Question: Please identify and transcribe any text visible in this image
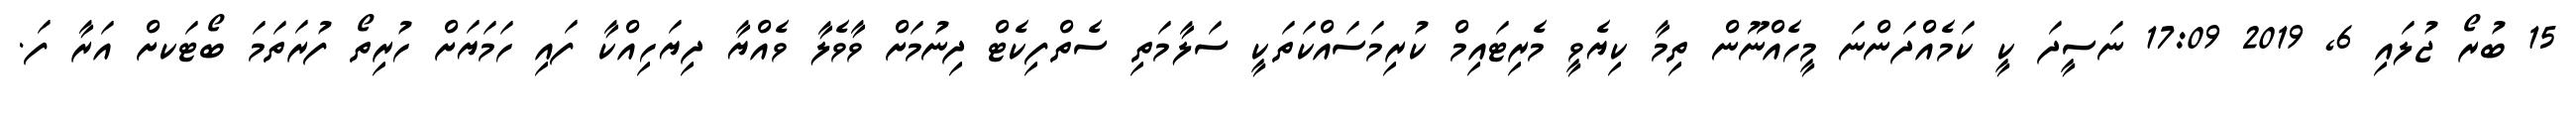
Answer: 15 ބުރޯ ޖުލައި 6, 2019 17:09 ނަސީދަ ކީ ކަމެއްދަންނަ މީހެއްނޫން ތިމާ ކިޔެވީ މެރިޓައިމް ކުރިމަސައްކަތަކީ ސަލާމަތި ސެތްފިކެޓް ދިނުމަށް ވާވެލާ ވެއްޔާ ދިޔަހިއްކާ ފައި ހަމަޔަށް ހުރިތޯ ފުރަތަމަ ބޯޓަކށް އަރާ ފަ.